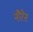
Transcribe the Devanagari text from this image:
नौरेन